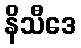
နိသီဒေ